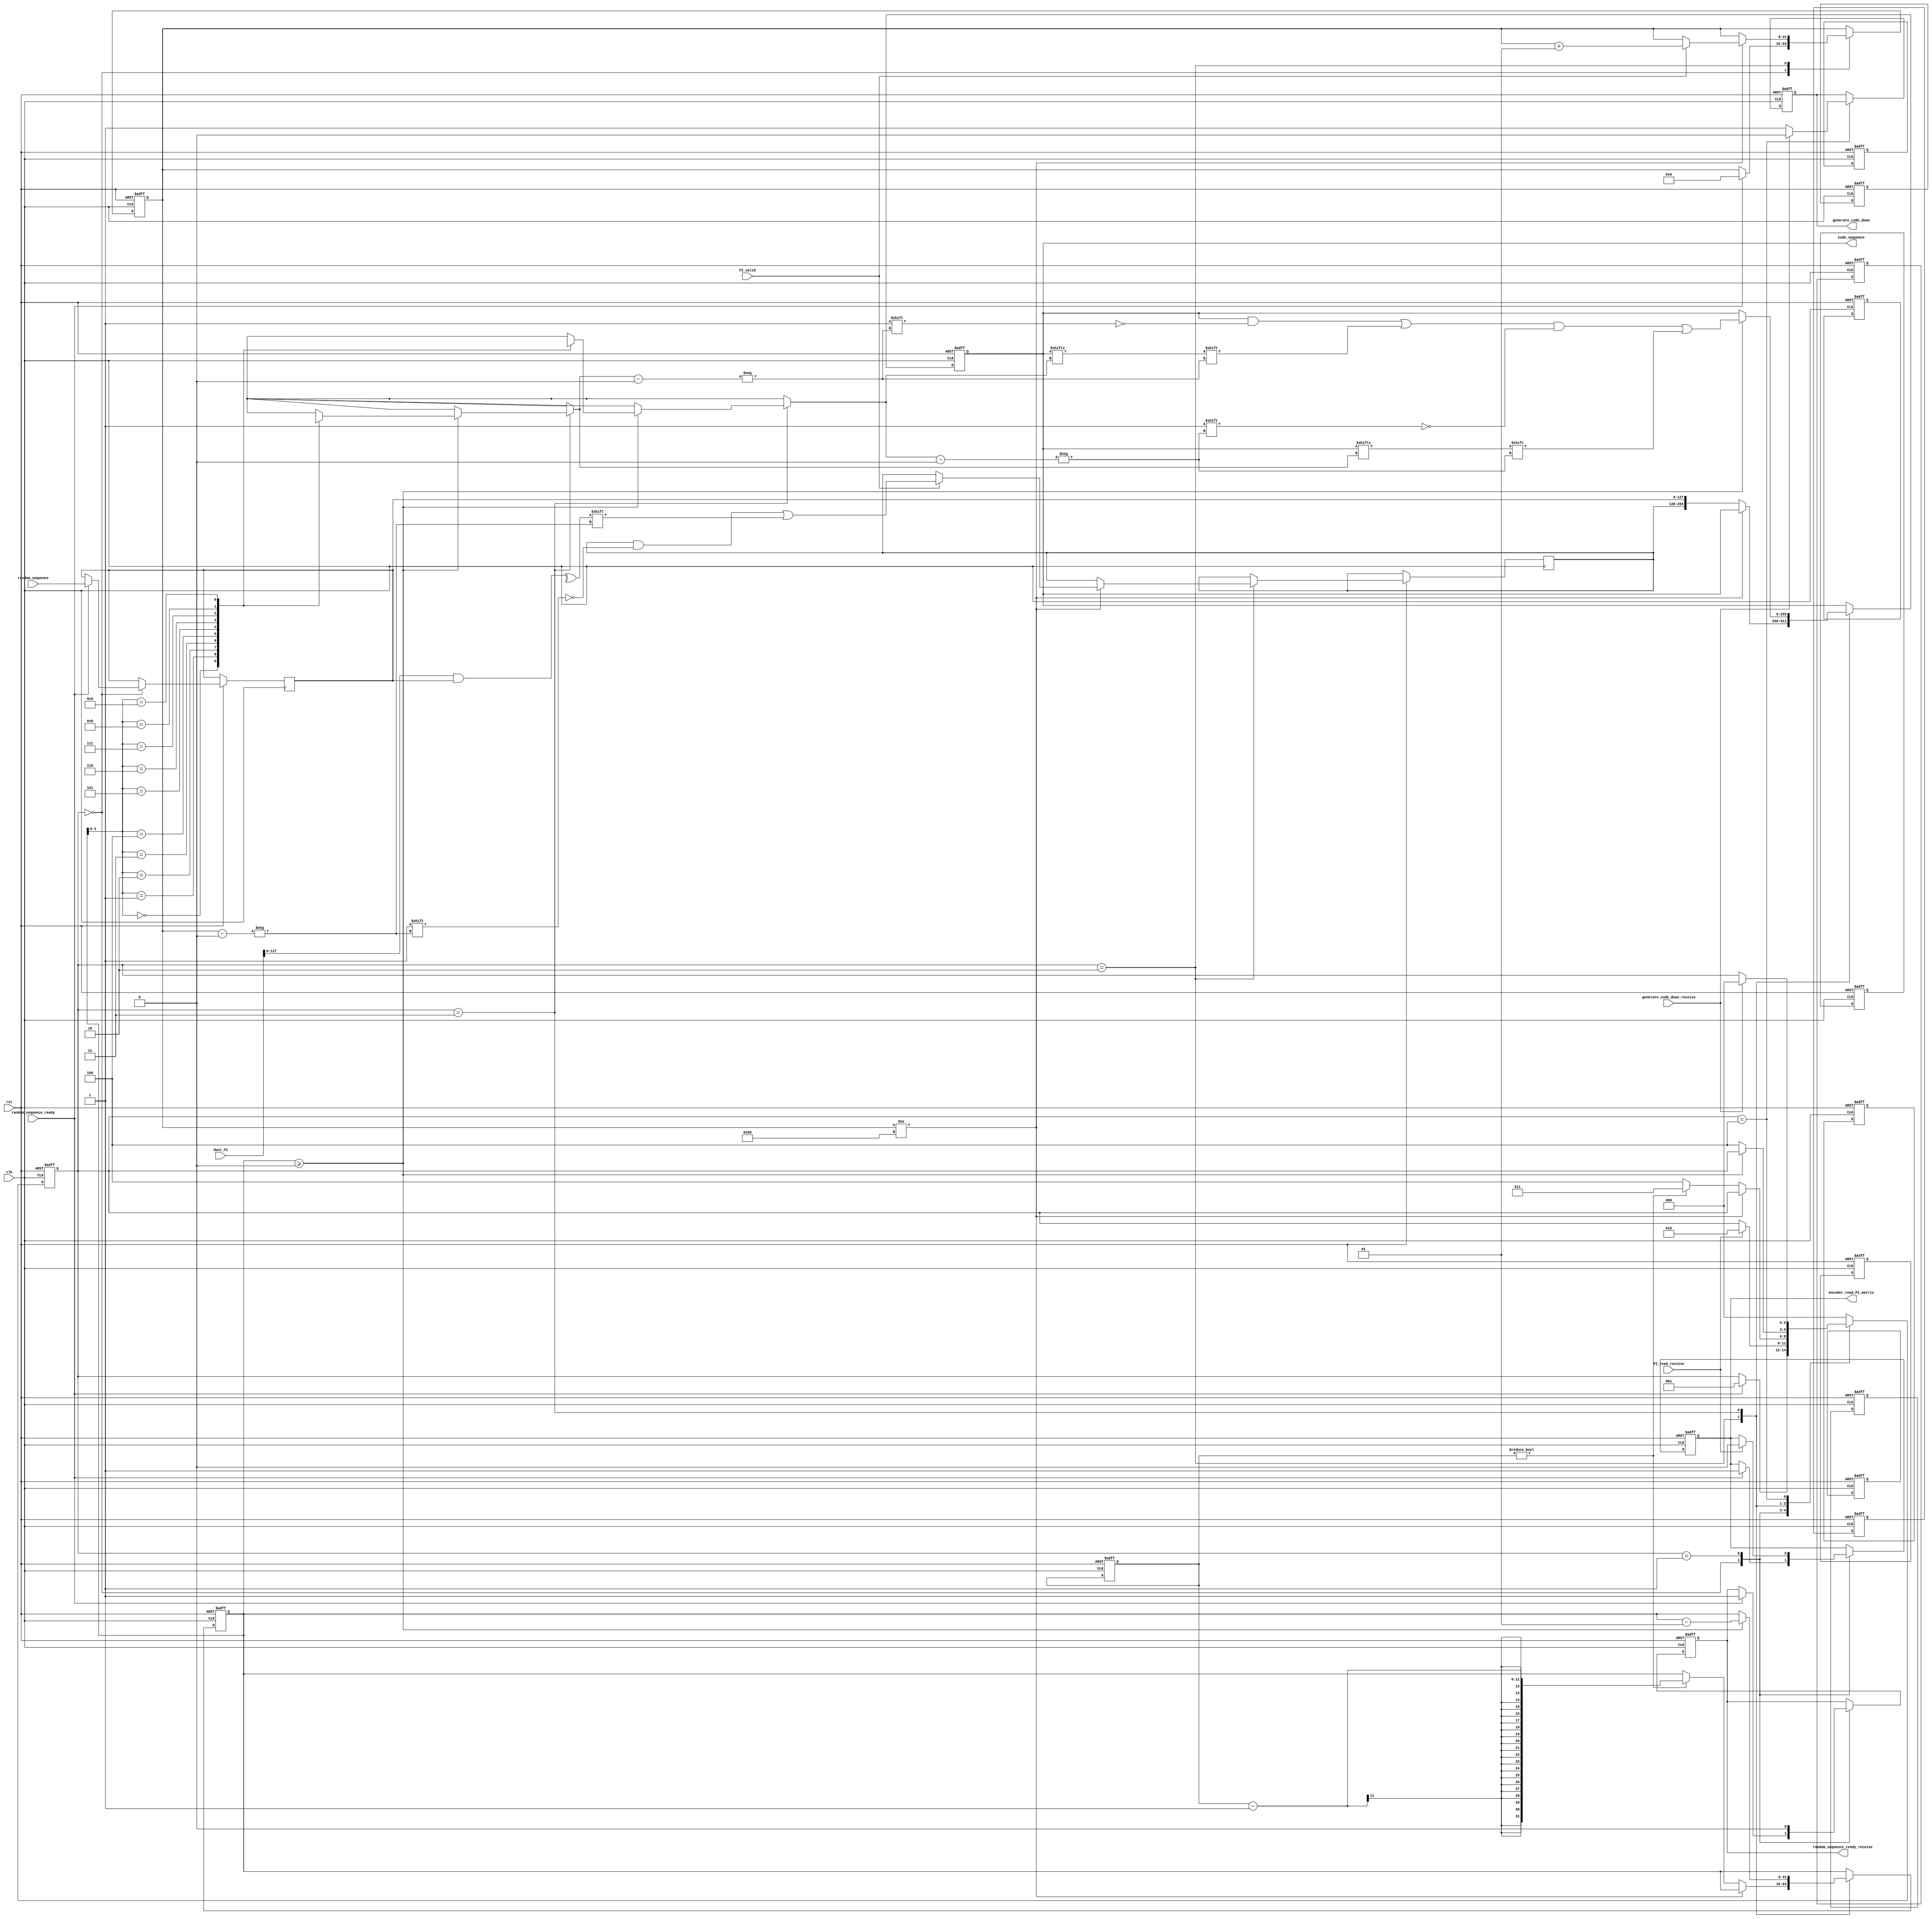
/*
 * Time  : 2020/03/31
 * function: 
*/

// 
`define STATE_GenCode_IDLE          3'd0
`define STATE_GenCode_ING0          3'd1
`define STATE_GenCode_ING1          3'd2
`define STATE_GenCode_CHANGE_COLUMN 3'd3
`define STATE_GenCode_END           3'd4


module Encoder#(parameter
    CodeLen = 256,                                               // 
    ChkLen = 128,                                                // H
    row_weight = 6,                                              // 
    column_weight = 3,                                           // 
    Iteration_Times = 50,                                        // BF
    Sigma_Iteration_Times = 20,                                   // 
    CodeLen_bits = 8,
    ChkLen_bits = 7
    `define InfoLen (CodeLen - ChkLen)                          // 
)(
    input clk,
    input rst,
    
    // 
    input random_sequence_ready,                                // 
    input [`InfoLen-1:0] random_sequence,                       // 
    output reg random_sequence_ready_receive,                  // 
    
    
    // PI_ROM
    input PI_read_receive,                                     // PI_ROM
    input PI_valid,                                            // PI_ROM
    input [CodeLen-1:0] dout_PI,                               // PI_ROM
    output reg encoder_read_PI_matrix,                         // PI_ROM
    
    
    // 
    input generate_code_down_receive,                          // 
    output reg generate_code_down,                             // 
    output reg [CodeLen-1:0] Code_sequence                     // 
    );



    reg [10:0] column_change_1[9:0];           // 1
    reg [10:0] column_change_2[9:0];           // 2
    reg [10:0] column_change_times;            // 
    
    // 
    reg [2:0] generate_code_sequence_state;               // 
    reg random_sequence_enable;                           // 
    reg  [`InfoLen-1:0]Info_sequence;                     // 
    reg  [ChkLen-1:0]Check_sequence;                      // 
    integer code_i,code_j;
    
    
    //******************************************* 
    // H
    always@(posedge clk, negedge rst) begin
        if(~rst)begin
            random_sequence_ready_receive <= 0;
            generate_code_sequence_state <= 'd0;
            generate_code_down <= 0;
            encoder_read_PI_matrix <= 0;
            Code_sequence <= 'd0;
            code_i <= 0;
            code_j <= 0;
            column_change_times <= 11'b00000000011;
            column_change_1[0]  <= 11'b01000000010;
            column_change_1[1]  <= 11'b01000000001;
            column_change_1[2]  <= 11'b01000000000;
            column_change_1[3]  <= 11'b0;
            column_change_1[4]  <= 11'b0;
            column_change_2[0]  <= 11'b00111111100;
            column_change_2[1]  <= 11'b01000000000;
            column_change_2[2]  <= 11'b00111111111;
            column_change_2[3]  <= 11'b0;
            column_change_2[4]  <= 11'b0;
        end
        else begin
            case(generate_code_sequence_state)
            
                `STATE_GenCode_IDLE:begin
                    if(random_sequence_ready)begin
                        // 
                        random_sequence_ready_receive <= 1;
                        Info_sequence <= random_sequence;
                        code_i <= 0;
                        // PI
                        encoder_read_PI_matrix <= 1;
                        generate_code_sequence_state <= `STATE_GenCode_ING0;
                    end
                end
                
                `STATE_GenCode_ING0: begin
                    random_sequence_ready_receive <= 0;
                    // 0
                    if(PI_read_receive)begin
                        //$display("PI");
                        encoder_read_PI_matrix <= 0;
                        generate_code_sequence_state <= `STATE_GenCode_ING1;
                    end
                end
                
                `STATE_GenCode_ING1: begin
                    // 
                    if(code_i != ChkLen)begin
                        if(PI_valid)begin
                            Check_sequence[code_i] <= ^(dout_PI[ChkLen-1:0] & Info_sequence);
                            code_i <= code_i+1;
                        end
                    end
                    
                    // 
                    else begin
                        Code_sequence <= {Check_sequence,Info_sequence};
                        if(column_change_times != 0)begin
                            code_j <= column_change_times - 1;
                            generate_code_sequence_state <= `STATE_GenCode_CHANGE_COLUMN;
                        end
                        else begin
                            generate_code_sequence_state <= `STATE_GenCode_END;
                        end
                    end
                end

                `STATE_GenCode_CHANGE_COLUMN:begin
                    if(code_j >= 0)begin
                        Code_sequence[column_change_1[code_j]] <= Code_sequence[column_change_2[code_j]];
                        Code_sequence[column_change_2[code_j]] <= Code_sequence[column_change_1[code_j]];
                        code_j <= code_j - 1;
                    end
                    else begin
                        generate_code_sequence_state <= `STATE_GenCode_END;
                    end
                end
                
                // 
                `STATE_GenCode_END: begin
                    generate_code_down <= 1;
                    // 
                    if(generate_code_down_receive)begin
                        generate_code_sequence_state <= `STATE_GenCode_IDLE;
                        generate_code_down <= 0;
                    end
                end
                
                default:begin
                    generate_code_sequence_state <= `STATE_GenCode_IDLE;
                end
                
            endcase
        end
    end
    
endmodule